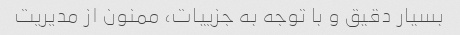
بسیار دقیق و با توجه به جزییات، ممنون از مدیریت